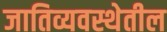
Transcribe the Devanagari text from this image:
जातिव्यवस्थेतील